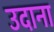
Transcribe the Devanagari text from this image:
उदाना